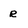
Character: e